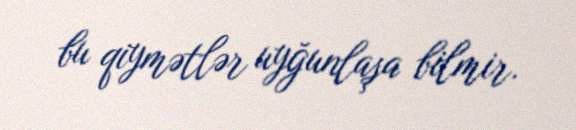
bu qiymətlər uyğunlaşa bilmir.